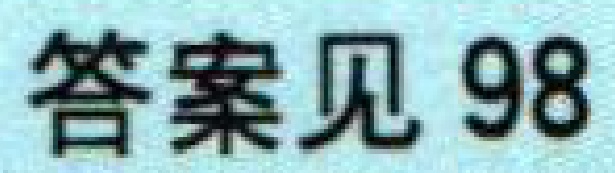
答案见98